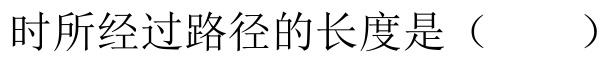
时所经过路径的长度是（  ）